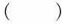
( )